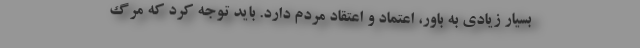
بسیار زیادی به باور، اعتماد و اعتقاد مردم دارد. باید توجه کرد که مرگ